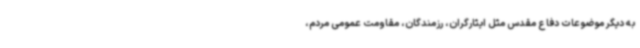
به دیگر موضوعات دفاع مقدس مثل ایثارگران، رزمندگان، مقاومت عمومی مردم،